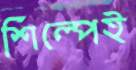
শিল্পেই